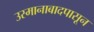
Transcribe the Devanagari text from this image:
उस्मानाबादपासून